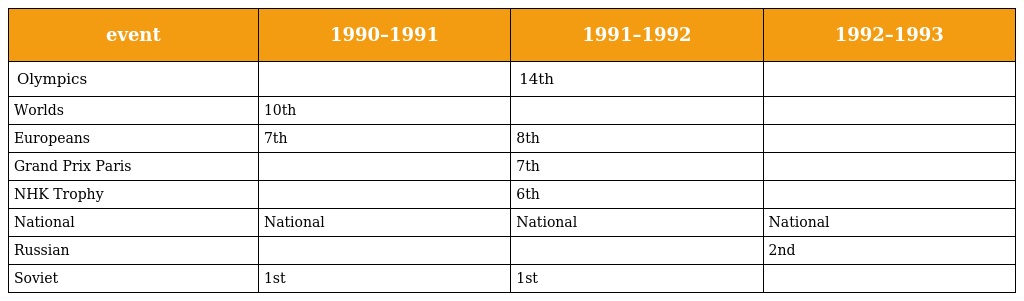
| event | 1990–1991 | 1991–1992 | 1992–1993 |
 | --- | --- | --- | --- |
 | Olympics |  | 14th |  |
 | Worlds | 10th |  |  |
 | Europeans | 7th | 8th |  |
 | Grand Prix Paris |  | 7th |  |
 | NHK Trophy |  | 6th |  |
 | National | National | National | National |
 | Russian |  |  | 2nd |
 | Soviet | 1st | 1st |  |